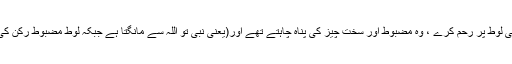
(البقرة:260) اور اللہ تعالیٰ لوطؑ پر رحم کرے ، وہ مضبوط اور سخت چیز کی پناہ چاہتے تھے اور(یعنی نبی تو اللہ سے مانگتا ہے جبکہ لوطؑ مضبوط رکن کی خواہش کر رہے تھے )۔